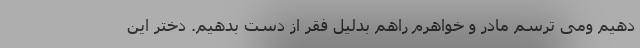
دهیم ومی ترسم مادر و خواهرم راهم بدلیل فقر از دست بدهیم. دختر این